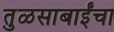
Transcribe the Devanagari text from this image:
तुळसाबाईंचा